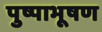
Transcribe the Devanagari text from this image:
पुष्पाभूषण